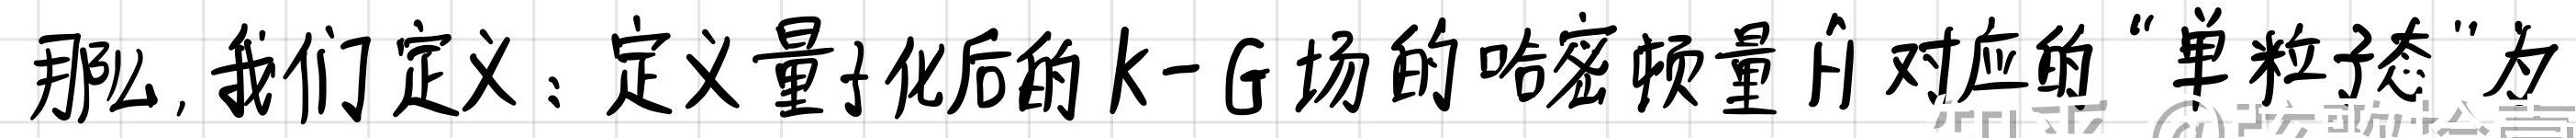
那么,我们定义:定义量子化后的$k - G$场的哈密顿量$\hat{H}$对应的"单粒子态"为